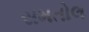
સમતોલ